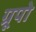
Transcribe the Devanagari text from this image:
ग्रूपो